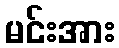
မင်းအား